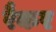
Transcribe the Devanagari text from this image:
रैकर